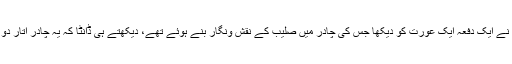
ام المومنین حضرت عائشہ صدیقہ رضی اللہ عنہا نے ایک دفعہ ایک عورت کو دیکھا جس کی چادر میں صلیب کے نقش ونگار بنے ہوئے تھے، دیکھتے ہی ڈانٹا کہ یہ چادر اتار دو، حضورؐ ایسے کپڑوں کو دیکھتے تو پھاڑ دیتے۔